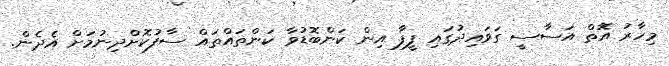
މިހާރު އޮތް އަސާސީ ގަވައިދުގައި ފީފާ އިން ކަންބޮޑުވާ ކަންތައްތައް ސާފުކޮށްދިނުމަށް އެދެން.